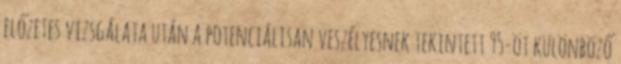
előzetes vizsgálata után a potenciálisan veszélyesnek tekintett 95-öt különböző